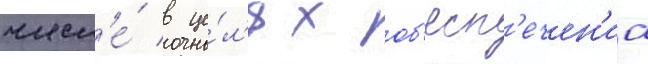
числ'е́ в це́л'ях об'есп'ечен'иа